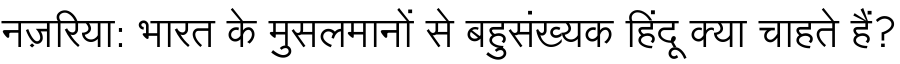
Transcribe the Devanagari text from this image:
नज़रिया: भारत के मुसलमानों से बहुसंख्यक हिंदू क्या चाहते हैं?